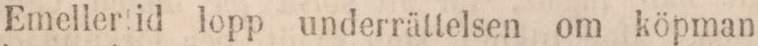
Emeller id lopp underrättelsen om köpman